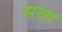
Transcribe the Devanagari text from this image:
सव्व